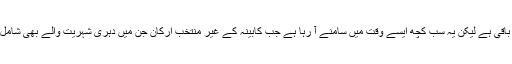
یہ سہولت کس کے لیے تخلیق کی گئی ہے، پتہ چلنا باقی ہے لیکن یہ سب کچھ ایسے وقت میں سامنے آ رہا ہے جب کابینہ کے غیر منتخب ارکان جن میں دہری شہریت والے بھی شامل ہیں، دباؤ بڑھ رہا ہے کہ وہ اپنے اثاثے ظاہر کریں۔